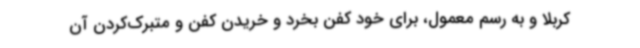
کربلا و به رسم معمول، برای خود کفن بخرد و خریدن کفن و متبرک‌کردن آن